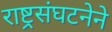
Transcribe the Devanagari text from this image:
राष्ट्रसंघटनेने